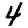
Digit: 4